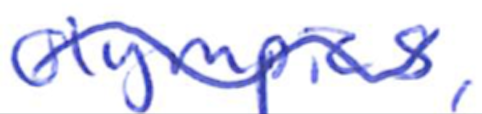
Text: Olympics,
Cross-out: wave
Writing tool: ballpoint